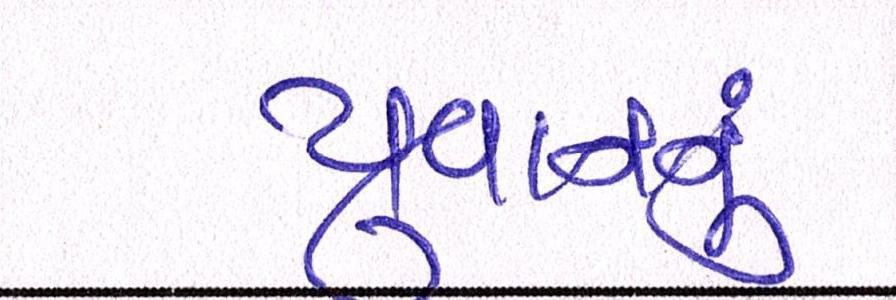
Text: યુવાનનુ